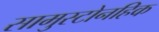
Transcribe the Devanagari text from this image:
सामुस्टोनहिक